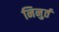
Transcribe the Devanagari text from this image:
निनुर्त